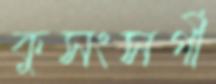
কুসংসর্গী